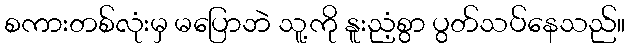
စကားတစ်လုံးမှ မပြောဘဲ သူ့ကို နူးညံ့စွာ ပွတ်သပ်နေသည်။